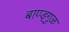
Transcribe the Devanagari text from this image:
बाण्ड्गुळ